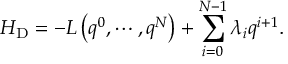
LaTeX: H _ { \mathrm { D } } = - L \left( q ^ { 0 } , \cdots , q ^ { N } \right) + \sum _ { i = 0 } ^ { N - 1 } \lambda _ { i } q ^ { i + 1 } .